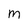
Character: m